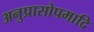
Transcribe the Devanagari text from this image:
अनुप्रासोपमादि